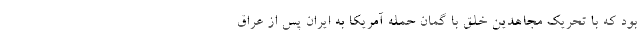
بود که با تحریک مجاهدین خلق با گمان حمله آمریکا به ایران پس از عراق